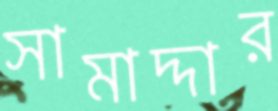
সামাদ্দার